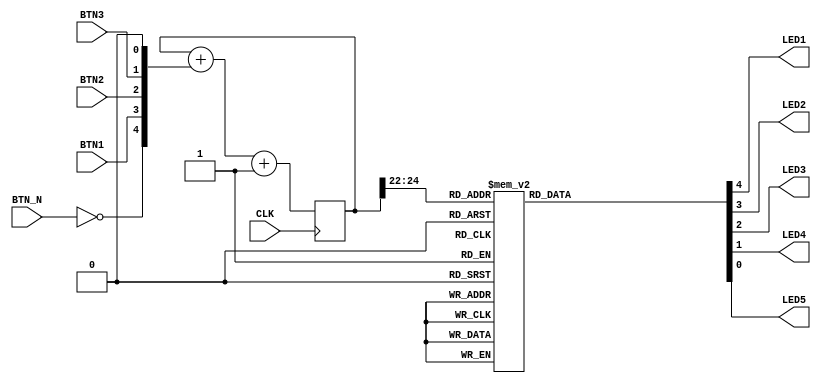
module top (
    input  CLK,

    output LED1,
    output LED2,
    output LED3,
    output LED4,
    output LED5,

    input BTN_N,
    input BTN1,
    input BTN2,
    input BTN3
);

    localparam LEDS = 5;
    localparam LOG2DELAY = 22;

    reg [LEDS+LOG2DELAY-1:0] counter = 0;
    reg [LEDS-1:0] outs;

    always @(posedge CLK) begin
        counter <= counter + {!BTN_N, BTN1, BTN2, BTN3, 1'b0} + 1;
    end

    always @(*)
        case (counter[LOG2DELAY+2:LOG2DELAY])
            3'd0: outs = 5'b00001;
            3'd1: outs = 5'b01000;
            3'd2: outs = 5'b00010;
            3'd3: outs = 5'b00100;

            3'd4: outs = 5'b10001;
            3'd5: outs = 5'b11000;
            3'd6: outs = 5'b10010;
            3'd7: outs = 5'b10100;
        endcase

    assign {LED1, LED2, LED3, LED4, LED5} = outs;
endmodule